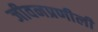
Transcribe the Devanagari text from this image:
जीवनप्रणीली